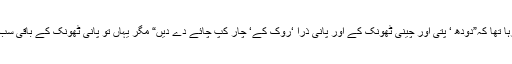
جناب صدرالصدور کا فارمولا یاد آرہا تھا کہ”دودھ ‘ پتی اور چینی ٹھونک کے اور پانی ذرا ‘روک کے‘ چار کپ چائے دے دیں“ مگر یہاں تو پانی ٹھونک کے باقی سب روک کے چائے تیار کی گئی تھی۔